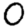
Digit: 0